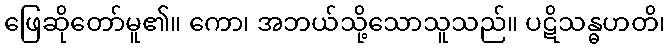
ဖြေဆိုတော်မူ၏။ ကော၊ အဘယ်သို့သောသူသည်။ ပဋိသန္ဓဟတိ၊